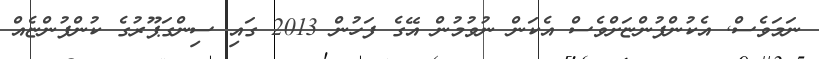
ނަމަވެސް